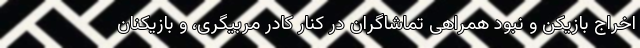
اخراج بازیکن و نبود همراهی تماشاگران در کنار کادر مربیگری، و بازیکنان